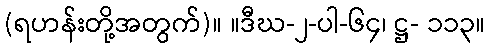
(ရဟန်းတို့အတွက်)။ ။ဒီဃ-၂-ပါ-၆၄၊ ဋ္ဌ- ၁၁၃။